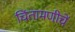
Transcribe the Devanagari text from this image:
चिंतामणीचें